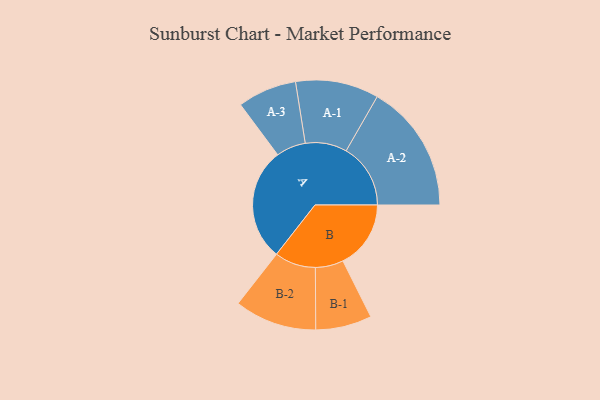
{"axis": {"x": "Segment", "y": "Value"}, "legend": ["", "A", "B"], "data": [{"x": "A", "y": 450, "type": ""}, {"x": "B", "y": 271, "type": ""}, {"x": "A-1", "y": 166, "type": "A"}, {"x": "A-2", "y": 257, "type": "A"}, {"x": "A-3", "y": 118, "type": "A"}, {"x": "B-1", "y": 112, "type": "B"}, {"x": "B-2", "y": 164, "type": "B"}]}